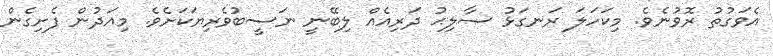
އެވަގުތު ރޮވުނެވެ. މިކަހަލަ ރަނގަޅު ޞާލިޙު ދަރިއެއް ލިބޭނީ ނަސީބުވެރިޔަކަށެވެ. މިއަދުން ފެށިގެން